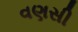
વણસી